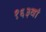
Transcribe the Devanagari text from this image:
१६३वां